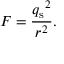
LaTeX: F = { \frac { { q _ { \mathrm { s } } } ^ { 2 } } { r ^ { 2 } } } .